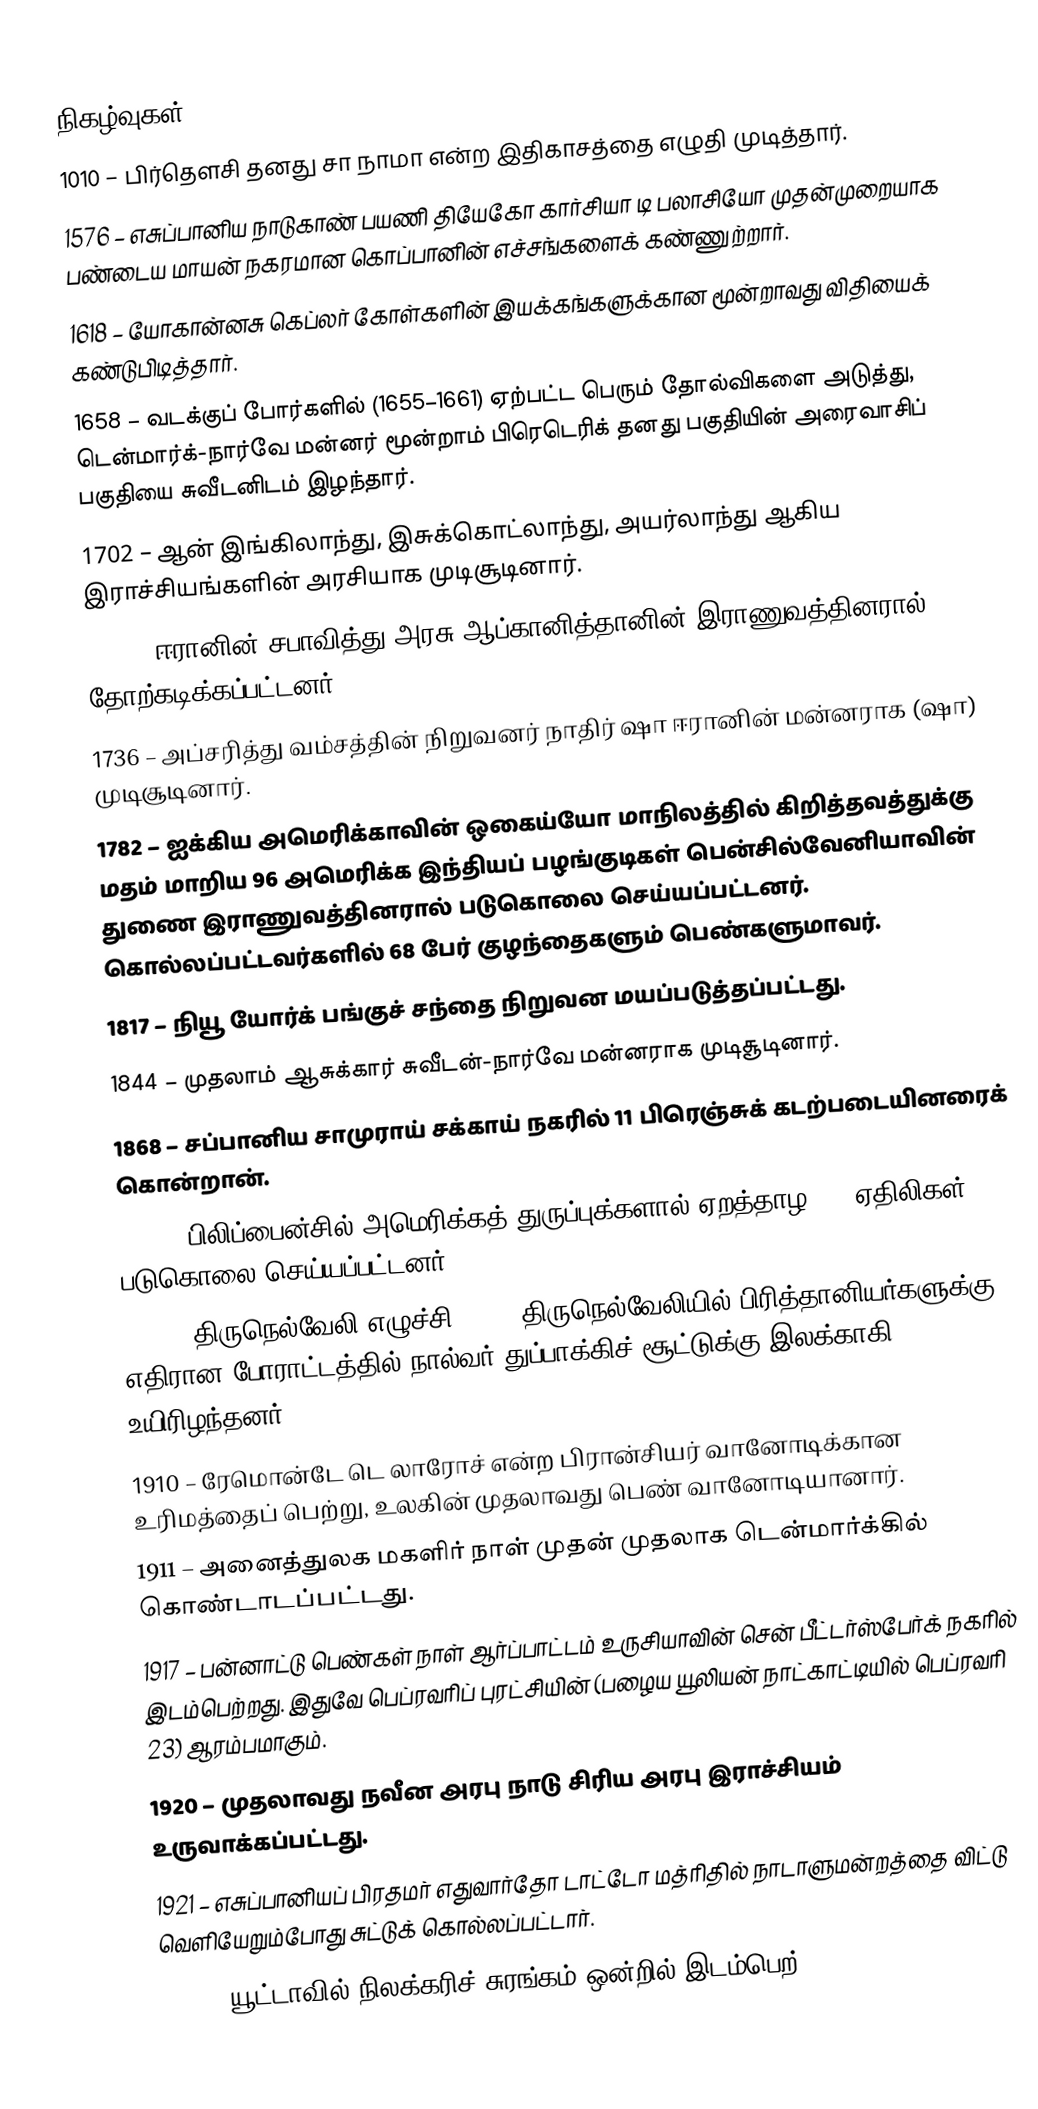

நிகழ்வுகள்
1010 – பிர்தௌசி தனது சா நாமா என்ற இதிகாசத்தை எழுதி முடித்தார்.
1576 – எசுப்பானிய நாடுகாண் பயணி தியேகோ கார்சியா டி பலாசியோ முதன்முறையாக பண்டைய மாயன் நகரமான கொப்பானின் எச்சங்களைக் கண்ணுற்றார்.
1618 – யோகான்னசு கெப்லர் கோள்களின் இயக்கங்களுக்கான மூன்றாவது விதியைக் கண்டுபிடித்தார்.
1658 – வடக்குப் போர்களில் (1655–1661) ஏற்பட்ட பெரும் தோல்விகளை அடுத்து, டென்மார்க்-நார்வே மன்னர் மூன்றாம் பிரெடெரிக் தனது பகுதியின் அரைவாசிப் பகுதியை சுவீடனிடம் இழந்தார்.
1702 – ஆன் இங்கிலாந்து, இசுக்கொட்லாந்து, அயர்லாந்து ஆகிய இராச்சியங்களின் அரசியாக முடிசூடினார்.
1722 – ஈரானின் சபாவித்து அரசு ஆப்கானித்தானின் இராணுவத்தினரால் தோற்கடிக்கப்பட்டனர்.
1736 – அப்சரித்து வம்சத்தின் நிறுவனர் நாதிர் ஷா ஈரானின் மன்னராக (ஷா) முடிசூடினார்.
1782 – ஐக்கிய அமெரிக்காவின் ஒகைய்யோ மாநிலத்தில் கிறித்தவத்துக்கு மதம் மாறிய 96 அமெரிக்க இந்தியப் பழங்குடிகள் பென்சில்வேனியாவின் துணை இராணுவத்தினரால் படுகொலை செய்யப்பட்டனர். கொல்லப்பட்டவர்களில் 68 பேர் குழந்தைகளும் பெண்களுமாவர்.
1817 – நியூ யோர்க் பங்குச் சந்தை நிறுவன மயப்படுத்தப்பட்டது.
1844 – முதலாம் ஆசுக்கார் சுவீடன்-நார்வே மன்னராக முடிசூடினார்.
1868 – சப்பானிய சாமுராய் சக்காய் நகரில் 11 பிரெஞ்சுக் கடற்படையினரைக் கொன்றான்.
1906 – பிலிப்பைன்சில் அமெரிக்கத் துருப்புக்களால் ஏறத்தாழ 600 ஏதிலிகள் படுகொலை செய்யப்பட்டனர்.
1908 – திருநெல்வேலி எழுச்சி 1908: திருநெல்வேலியில் பிரித்தானியர்களுக்கு எதிரான போராட்டத்தில் நால்வர் துப்பாக்கிச் சூட்டுக்கு இலக்காகி உயிரிழந்தனர்.
1910 – ரேமொன்டே டெ லாரோச் என்ற பிரான்சியர் வானோடிக்கான உரிமத்தைப் பெற்று, உலகின் முதலாவது பெண் வானோடியானார்.
1911 – அனைத்துலக மகளிர் நாள் முதன் முதலாக டென்மார்க்கில் கொண்டாடப்பட்டது.
1917 – பன்னாட்டு பெண்கள் நாள் ஆர்ப்பாட்டம் உருசியாவின் சென் பீட்டர்ஸ்பேர்க் நகரில் இடம்பெற்றது. இதுவே பெப்ரவரிப் புரட்சியின் (பழைய யூலியன் நாட்காட்டியில் பெப்ரவரி 23) ஆரம்பமாகும்.
1920 – முதலாவது நவீன அரபு நாடு சிரிய அரபு இராச்சியம் உருவாக்கப்பட்டது.
1921 – எசுப்பானியப் பிரதமர் எதுவார்தோ டாட்டோ மத்ரிதில் நாடாளுமன்றத்தை விட்டு வெளியேறும்போது சுட்டுக் கொல்லப்பட்டார்.
1924 – யூட்டாவில் நிலக்கரிச் சுரங்கம் ஒன்றில் இடம்பெற்